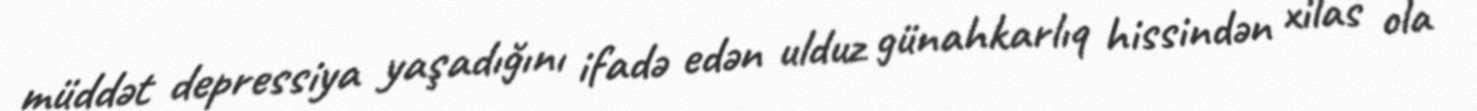
müddət depressiya yaşadığını ifadə edən ulduz günahkarlıq hissindən xilas ola